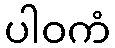
ပါဝကံ